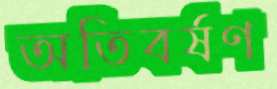
অতিবর্ষণ